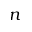
n